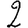
Digit: 2